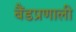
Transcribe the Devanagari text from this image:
बैंडप्रणाली